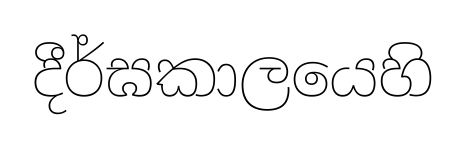
දීර්ඝකාලයෙහි